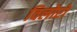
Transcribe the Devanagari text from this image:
विलोरों